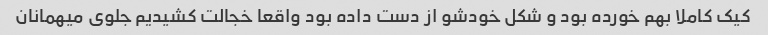
کیک کاملا بهم خورده بود و شکل خودشو از دست داده بود واقعا خجالت کشیدیم جلوی میهمانان